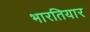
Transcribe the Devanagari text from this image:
भारतियार